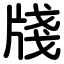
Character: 牋